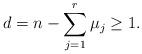
LaTeX: \begin{align*} d = n - \sum_{j=1}^r \mu_j \geq 1. \end{align*}